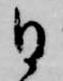
日